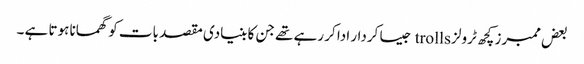
بعض ممبرز کچھ ٹرولز trolls جیسا کردار ادا کر رہے تھے جن کا بنیادی مقصد بات کو گھمانا ہوتا ہے ۔